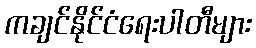
ကချင်နိုင်ငံရေးပါတီများ